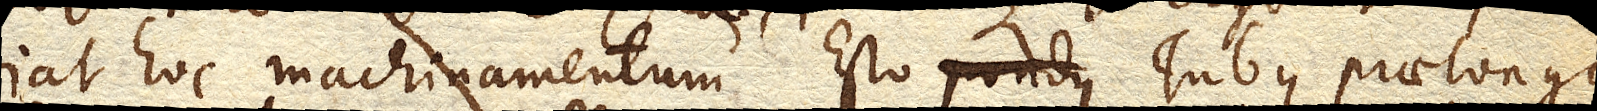
fiat hoc machinamentum. Esto pondus Tubus praelongus,